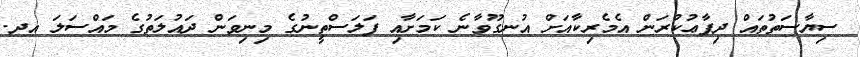
ސިޔާސަތުތައް ދިފާޢުކުރަން އެމެރިކާއަށް އުނގޫވާނެ ކަމަށާއި ފަލަސްތީނުގެ މިނިވަން ދައުލަތުގެ މައްސަލަ އދ.